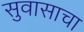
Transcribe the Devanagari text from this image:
सुवासाचा